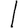
Digit: 1